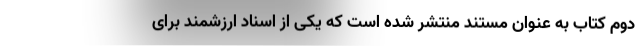
دوم کتاب به عنوان مستند منتشر شده است که یکی از اسناد ارزشمند برای